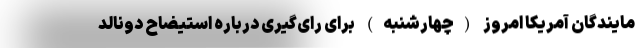
مایندگان آمریکا امروز (چهارشنبه) برای رای‌گیری درباره استیضاح دونالد